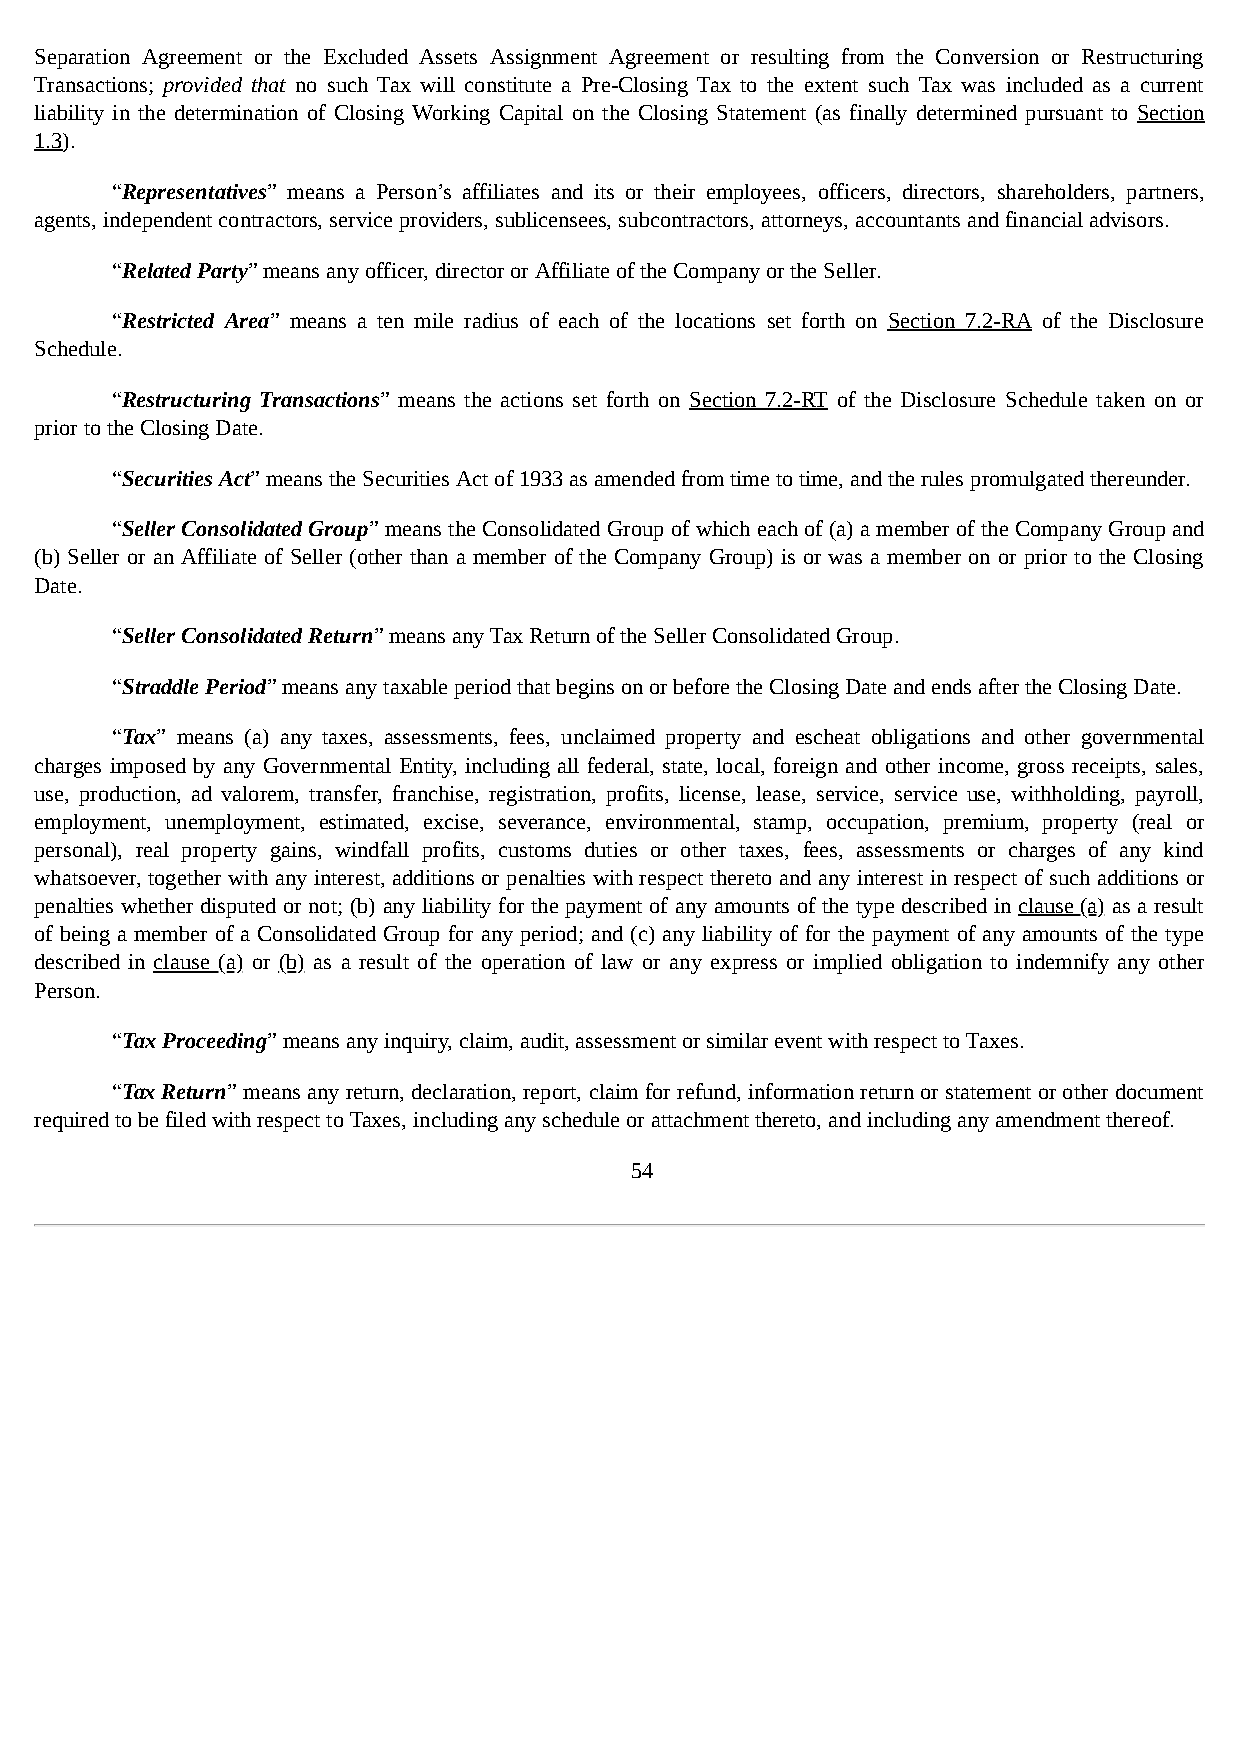
Separation Agreement or the Excluded Assets Assignment Agreement or resulting from the Conversion or Restructuring
 Transactions; provided that no such Tax will constitute a Pre-Closing Tax to the extent such Tax was included as a current
 liability in the determination of Closing Working Capital on the Closing Statement (as finally determined pursuant to Section
 1.3).
 “Representatives” means a Person’s affiliates and its or their employees, officers, directors, shareholders, partners,
 agents, independent contractors, service providers, sublicensees, subcontractors, attorneys, accountants and financial advisors.
 “Related Party” means any officer, director or Affiliate of the Company or the Seller.
 “Restricted Area” means a ten mile radius of each of the locations set forth on Section 7.2-RA of the Disclosure
 Schedule.
 “Restructuring Transactions” means the actions set forth on Section 7.2-RT of the Disclosure Schedule taken on or
 prior to the Closing Date.
 “Securities Act” means the Securities Act of 1933 as amended from time to time, and the rules promulgated thereunder.
 “Seller Consolidated Group” means the Consolidated Group of which each of (a) a member of the Company Group and
 (b) Seller or an Affiliate of Seller (other than a member of the Company Group) is or was a member on or prior to the Closing
 Date.
 “Seller Consolidated Return” means any Tax Return of the Seller Consolidated Group.
 “Straddle Period” means any taxable period that begins on or before the Closing Date and ends after the Closing Date.
 “Tax” means (a) any taxes, assessments, fees, unclaimed property and escheat obligations and other governmental
 charges imposed by any Governmental Entity, including all federal, state, local, foreign and other income, gross receipts, sales,
 use, production, ad valorem, transfer, franchise, registration, profits, license, lease, service, service use, withholding, payroll,
 employment, unemployment, estimated, excise, severance, environmental, stamp, occupation, premium, property (real or
 personal), real property gains, windfall profits, customs duties or other taxes, fees, assessments or charges of any kind
 whatsoever, together with any interest, additions or penalties with respect thereto and any interest in respect of such additions or
 penalties whether disputed or not; (b) any liability for the payment of any amounts of the type described in clause (a) as a result
 of being a member of a Consolidated Group for any period; and (c) any liability of for the payment of any amounts of the type
 described in clause (a) or (b) as a result of the operation of law or any express or implied obligation to indemnify any other
 Person.
 “Tax Proceeding” means any inquiry, claim, audit, assessment or similar event with respect to Taxes.
 “Tax Return” means any return, declaration, report, claim for refund, information return or statement or other document
 required to be filed with respect to Taxes, including any schedule or attachment thereto, and including any amendment thereof.
 54